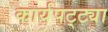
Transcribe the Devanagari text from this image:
कार्यपट्ट्या